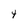
Character: t